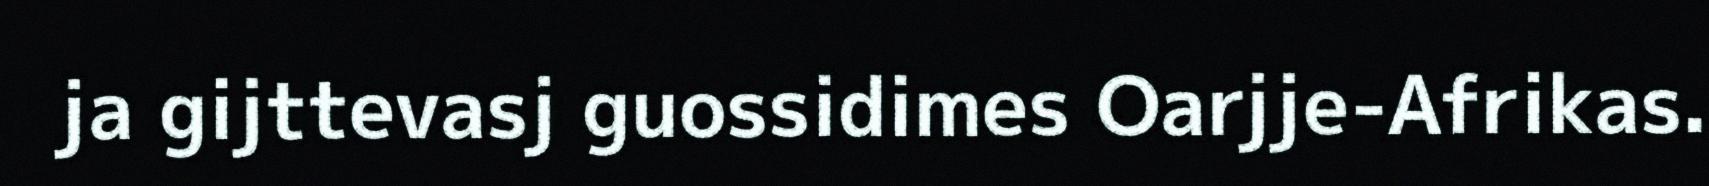
ja gijttevasj guossidimes Oarjje-Afrikas.